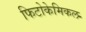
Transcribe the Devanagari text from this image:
फिटोकेमिकल